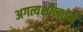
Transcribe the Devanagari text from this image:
अगत्यशीलतेने